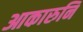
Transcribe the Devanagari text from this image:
आकारुनि